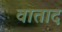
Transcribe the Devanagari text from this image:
वाताद